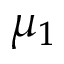
\mu _ { 1 }